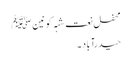
محفل نعت شہہ کونین ﷺ
حیدرآباد ۔